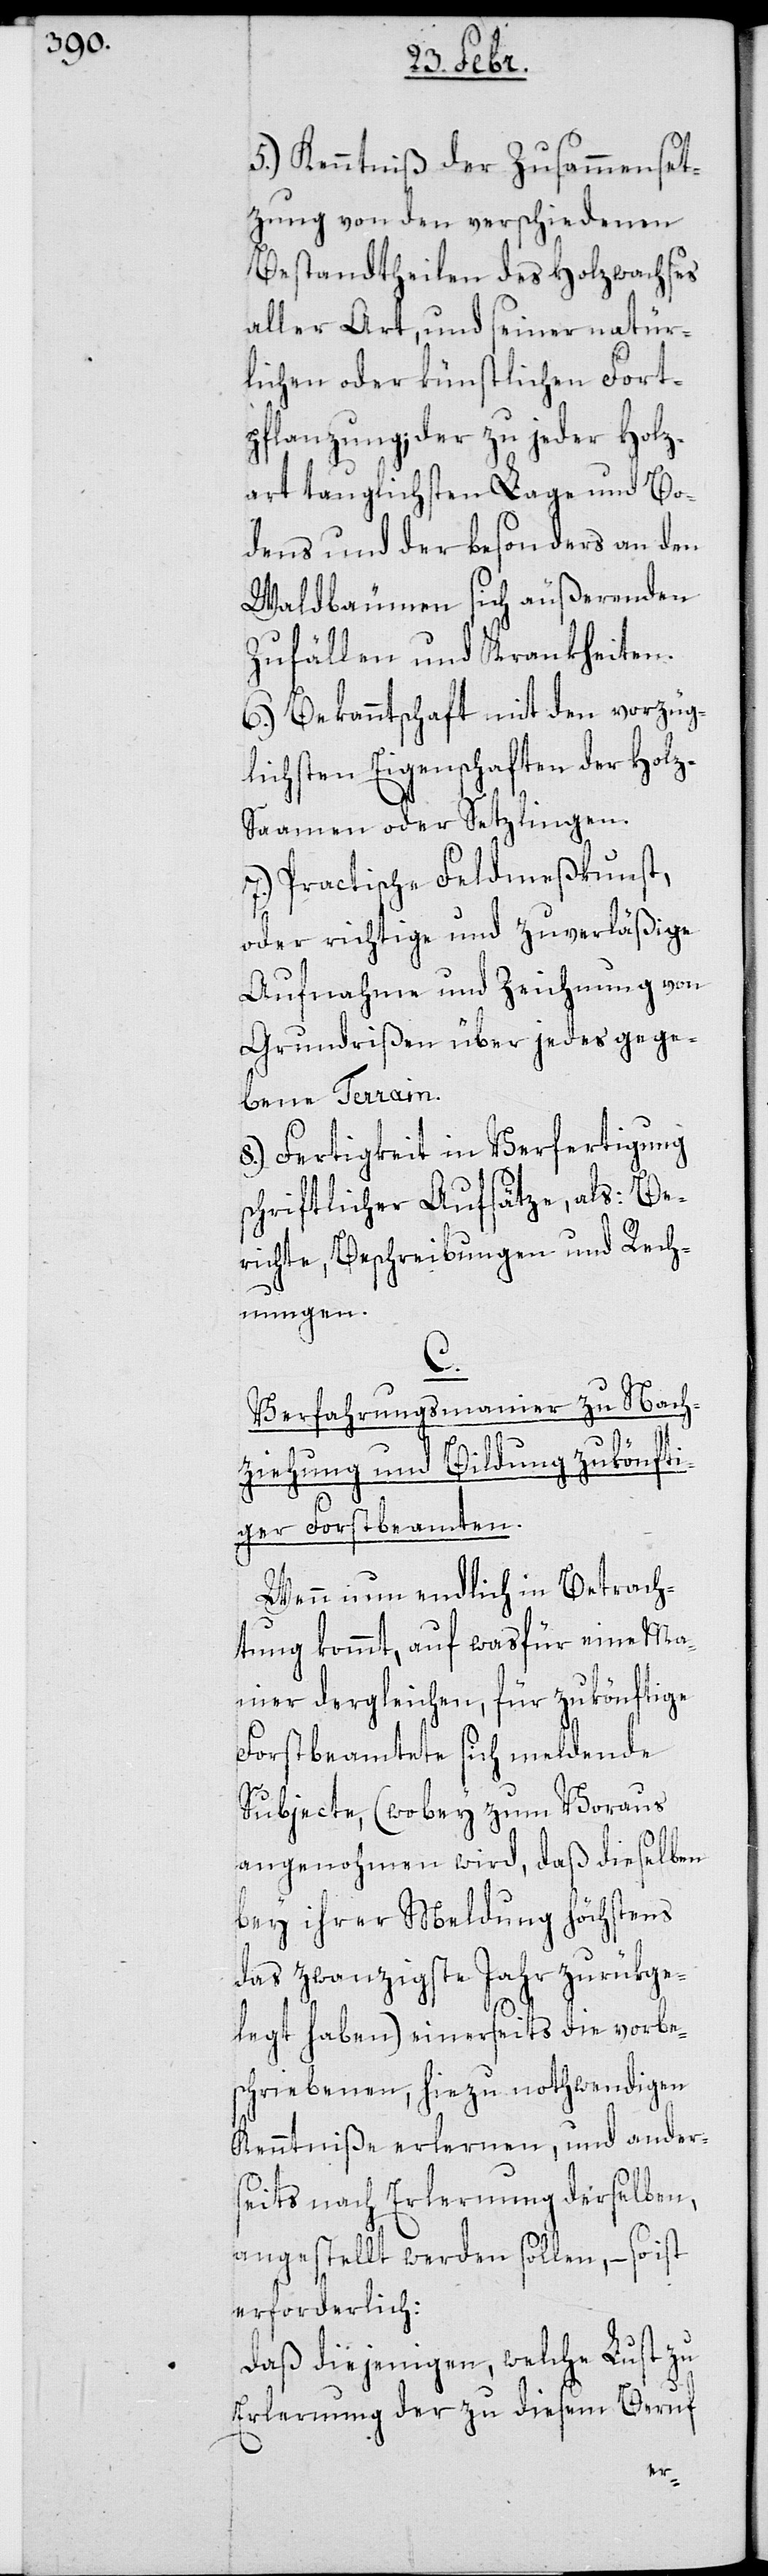
5.) Kenntniß der Zusammenset¬
zung von den verschiedenen
Bestandtheilen des Holzwachses
aller Art, und seiner natür¬
lichen oder künstlichen Fort¬
pflanzung; der zu jeder Holz¬
art tauglichsten Lage und Bo¬
dens und der besonders an den
Waldbäumen sich äußernden
Zufällen und Krankheiten.
6.) Bekanntschaft mit den vorzüg¬
lichsten Eigenschaften der Hol¬
z-Saamen oder Setzlingen.
7.) Practische Feldmeßkunst,
oder richtige und zuverläßige
Aufnahme und Zeichnung von
Grundrißen über jedes gege¬
bene Terrain.
8.) Fertigkeit in Verfertigung
schriftlicher Aufsätze, als: Be¬
richte, Beschreibungen und Rech¬
nungen.
C
Verfahrungsmanier zu Nach¬
ziehung und Bildung zukönfti¬
ger Forstbeamten.
Wenn nun endlich in Betrach¬
tung kommt, auf was für eine Ma¬
nier dergleichen, für zukönftige
Forstbeamtete sich meldende
Subjecte, (wobey zum Voraus
angenohmen wird, daß dieselben
bey ihrer Meldung höchstens
das zwanzigste Jahr zurükge¬
legt haben) einerseits die vorbe¬
schriebenen, hiezu nothwendigen
Kenntniße erlernen, und ander¬
seits nach Erlernung derselben,
angestellt werden sollen, – so ist
erforderlich:
Daß diejenigen, welche Lust zu
Erlernung der zu diesem Beruf